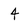
Character: 4